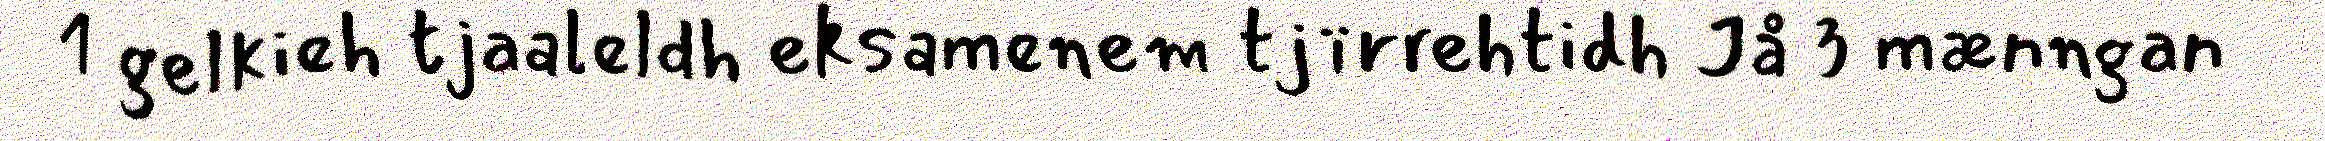
1 gelkieh tjaaleldh eksamenem tjïrrehtidh Jå 3 mænngan